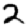
Digit: 2